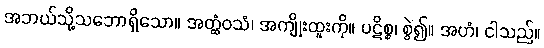
အဘယ်သို့သဘောရှိသော။ အတ္ထံဝသံ၊ အကျိုးထူးကို။ ပဋိစ္စ၊ စွဲ၍။ အဟံ၊ ငါသည်။